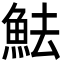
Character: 魼